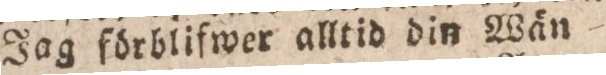
Jag förblifwer alltid din Wän